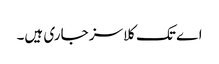
اے تک کلاسز جاری ہیں۔